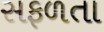
સફળતા